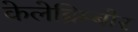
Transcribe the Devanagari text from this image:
केलेब्रिम्बोर